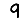
Digit: 9